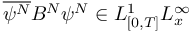
\overline { { \psi ^ { N } } } B ^ { N } \psi ^ { N } \in L _ { [ 0 , T ] } ^ { 1 } L _ { x } ^ { \infty }